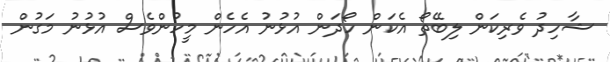
ޝާހިދު ވެރިކަން ލިބޭތޯ އެކަން ހޯދަން އުޅުނު އެހެން މީހުންވެސް އުޅުނު މަގުން